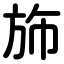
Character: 斾